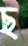
ছ